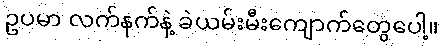
ဥပမာ လက်နက်နဲ့ ခဲယမ်းမီးကျောက်တွေပေါ့။